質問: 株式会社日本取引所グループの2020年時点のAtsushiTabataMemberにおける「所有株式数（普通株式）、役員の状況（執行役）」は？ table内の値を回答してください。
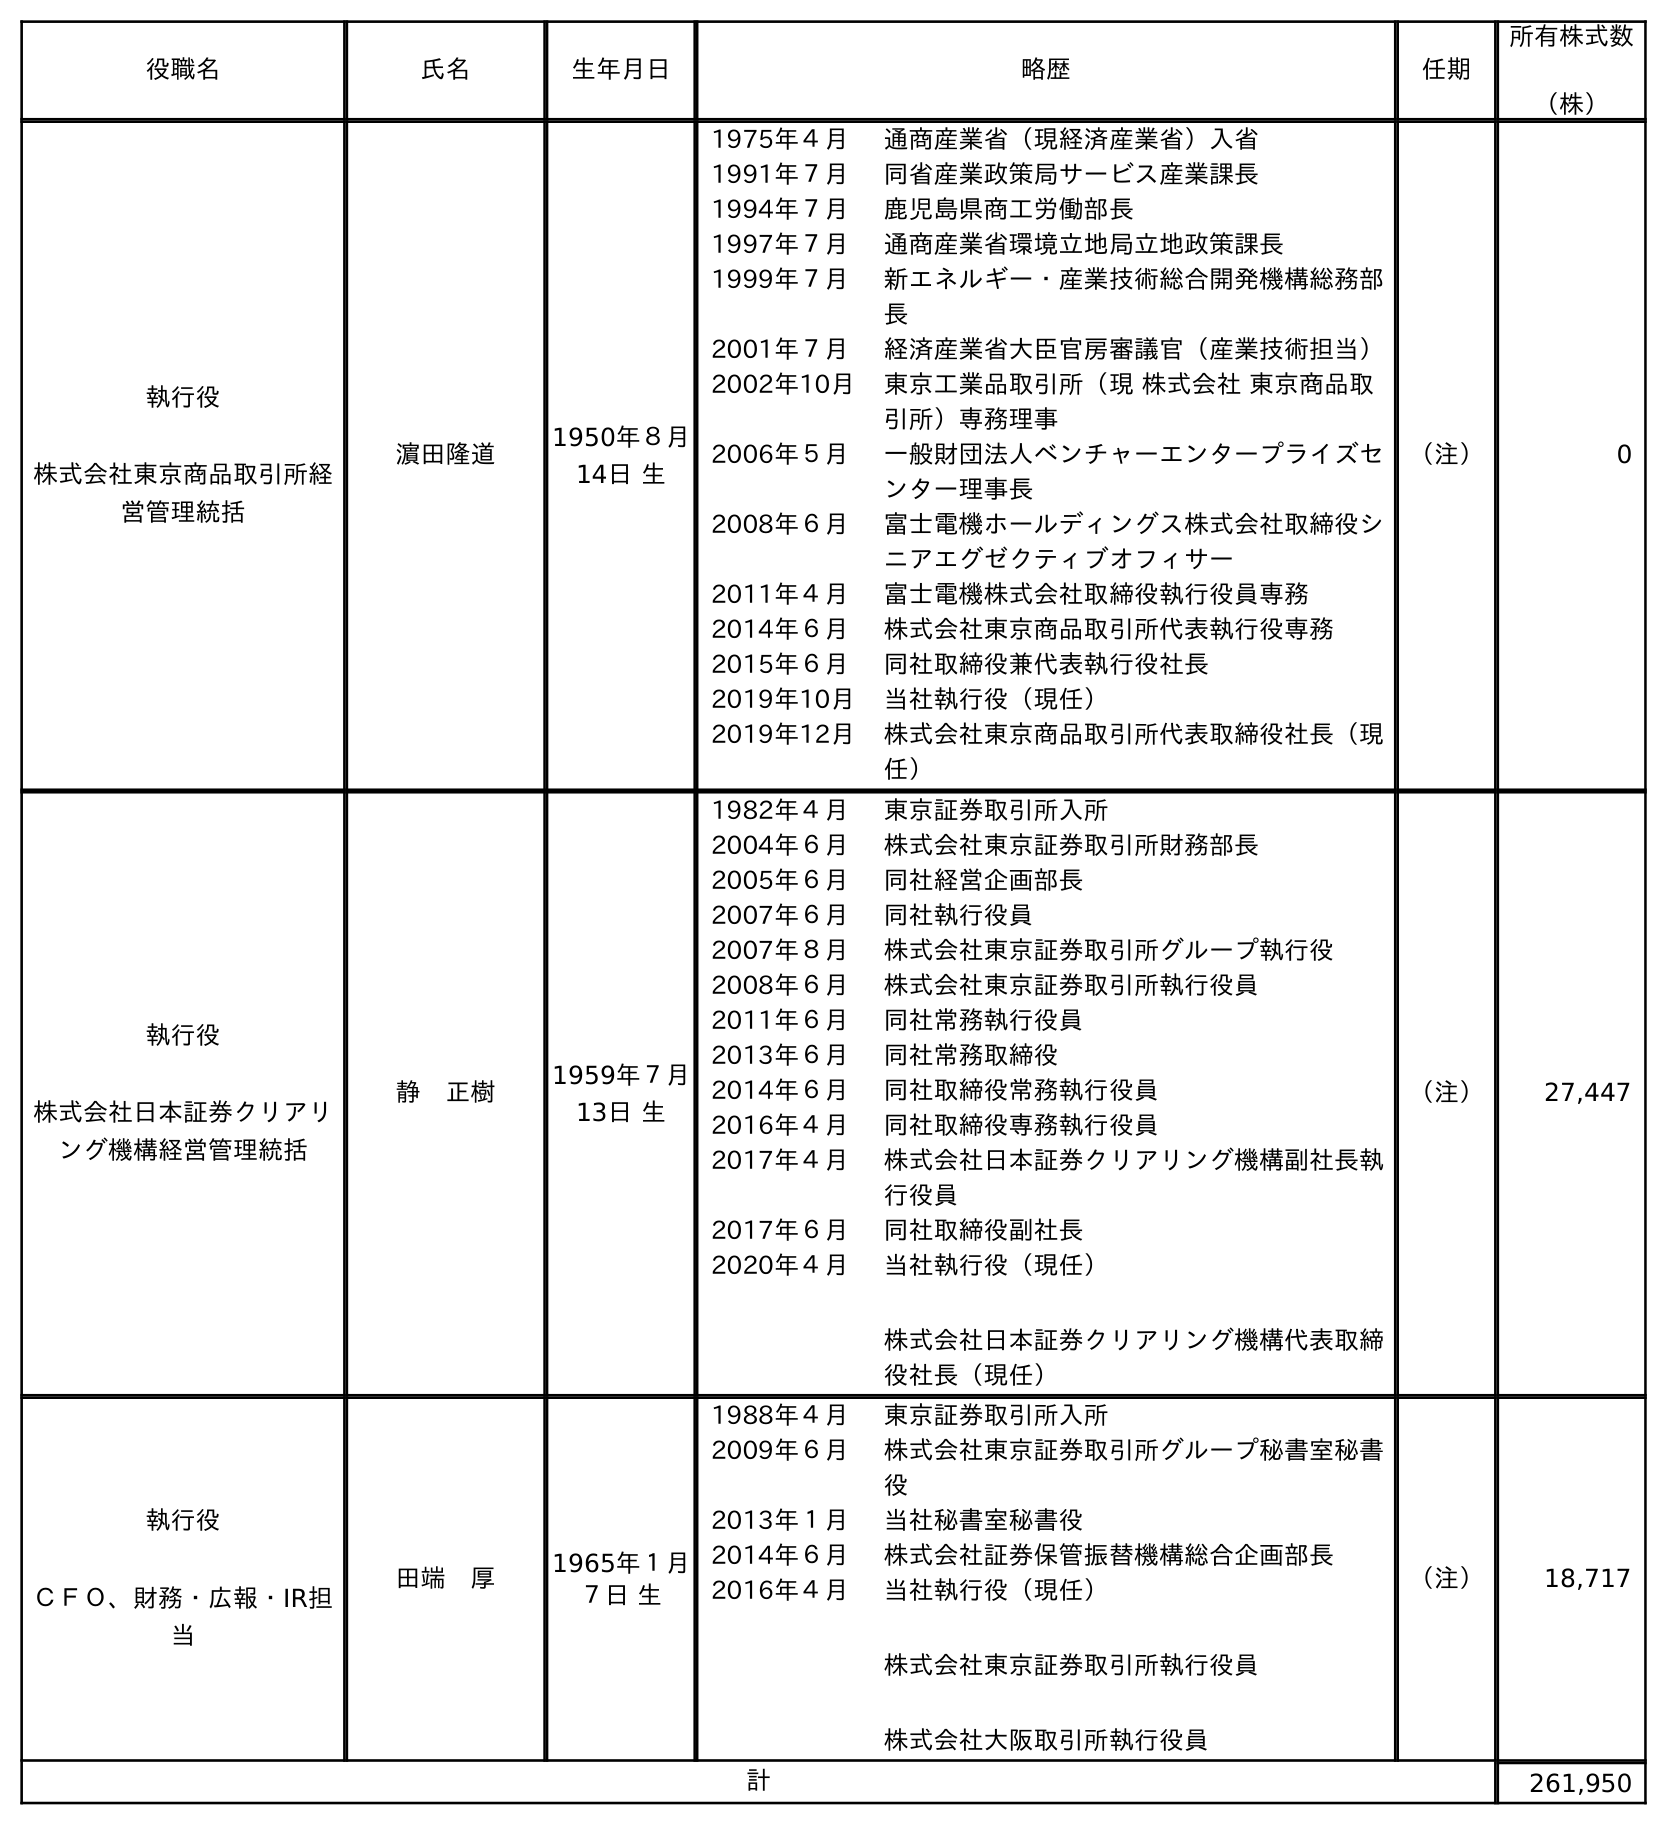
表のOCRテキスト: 役職名 氏名 生年月日 略歴 任期 所有株式数 （株） 執行役 株式会社東京商品取引所経 営管理統括 濵田隆道 1950年８月 14日 生 1975年４月 通商産業省（現経済産業省）入省 1991年７月 同省産業政策局サービス産業課長 1994年７月 鹿児島県商工労働部長 1997年７月 通商産業省環境立地局立地政策課長 1999年７月 新エネルギー・産業技術総合開発機構総務部 長 2001年７月 経済産業省大臣官房審議官（産業技術担当） 2002年10月 東京工業品取引所（現 株式会社 東京商品取 引所）専務理事 2006年５月 一般財団法人ベンチャーエンタープライズセ ンター理事長 2008年６月 富士電機ホールディングス株式会社取締役シ ニアエグゼクティブオフィサー 2011年４月 富士電機株式会社取締役執行役員専務 2014年６月 株式会社東京商品取引所代表執行役専務 2015年６月 同社取締役兼代表執行役社長 2019年10月 当社執行役（現任） 2019年12月 株式会社東京商品取引所代表取締役社長（現 任） （注） 0 執行役 株式会社日本証券クリアリ ング機構経営管理統括 静 正樹 1959年７月 13日 生 1982年４月 東京証券取引所入所 2004年６月 株式会社東京証券取引所財務部長 2005年６月 同社経営企画部長 2007年６月 同社執行役員 2007年８月 株式会社東京証券取引所グループ執行役 2008年６月 株式会社東京証券取引所執行役員 2011年６月 同社常務執行役員 2013年６月 同社常務取締役 2014年６月 同社取締役常務執行役員 2016年４月 同社取締役専務執行役員 2017年４月 株式会社日本証券クリアリング機構副社長執 行役員 2017年６月 同社取締役副社長 2020年４月 当社執行役（現任） 株式会社日本証券クリアリング機構代表取締 役社長（現任） （注） 27,447 執行役 ＣＦＯ、財務・広報・IR担 当 田端 厚 1965年１月 ７日 生 1988年４月 東京証券取引所入所 2009年６月 株式会社東京証券取引所グループ秘書室秘書 役 2013年１月 当社秘書室秘書役 2014年６月 株式会社証券保管振替機構総合企画部長 2016年４月 当社執行役（現任） 株式会社東京証券取引所執行役員 株式会社大阪取引所執行役員 （注） 18,717 計 261,950
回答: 18,717